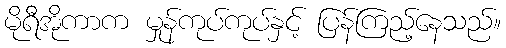
မိုရီအိုကာက မှုန်ကုပ်ကုပ်နှင့် ပြန်ကြည့်နေသည်။